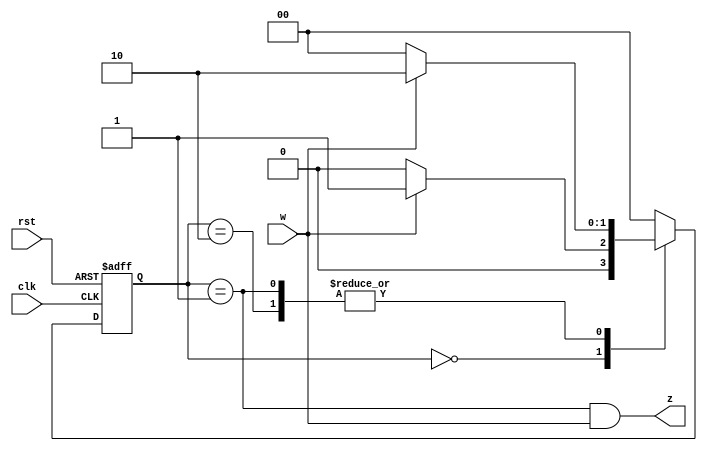
`timescale 1ns / 1ps
//////////////////////////////////////////////////////////////////////////////////
// Company: 
// Engineer: 
// 
// Design Name: 
// Module Name: pos_edge_det
// Project Name: 
// Target Devices: 
// Tool Versions: 
// Description: 
// 
// Dependencies: 
// 
// Revision:
// Revision 0.01 - File Created
// Additional Comments:
// 
//////////////////////////////////////////////////////////////////////////////////


module rise_edge_det(input clk, rst, w, output z);
reg [1:0] state, nextState;
parameter [1:0] zero=2'b00, edg=2'b01, one=2'b10; // States Encoding
// Next state generation (combinational logic)
always @ (w or state)
case (state)
zero: if (w==0) nextState = zero;
 else nextState = edg;
edg: if (w==0) nextState = zero;
 else nextState = one;
one: if (w==0) nextState = zero;
 else nextState = one;
default: nextState = zero;
endcase
// State register
// Update state FF's with the triggering edge of the clock
always @ (posedge clk or posedge rst) begin
if(rst) state <= zero;
else state <= nextState;
end
// output generation (combinational logic)
assign z = (state == edg && w ==1);
endmodule